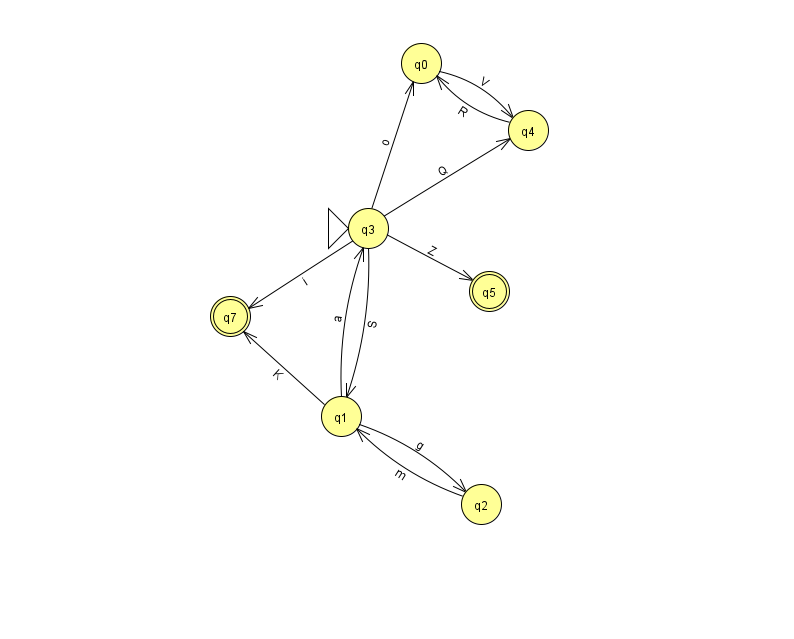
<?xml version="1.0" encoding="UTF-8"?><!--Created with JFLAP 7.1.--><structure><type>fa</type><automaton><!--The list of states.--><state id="0" name="q0"><x>421.0</x><y>50.0</y></state><state id="1" name="q1"><x>341.0</x><y>403.0</y></state><state id="2" name="q2"><x>481.0</x><y>491.0</y></state><state id="3" name="q3"><x>368.0</x><y>215.0</y><initial/></state><state id="4" name="q4"><x>528.0</x><y>117.0</y></state><state id="5" name="q5"><x>489.0</x><y>278.0</y><final/></state><state id="7" name="q7"><x>230.0</x><y>303.0</y><final/></state><!--The list of transitions.--><transition><from>1</from><to>7</to><read>K</read></transition><transition><from>1</from><to>2</to><read>g</read></transition><transition><from>3</from><to>4</to><read>Q</read></transition><transition><from>3</from><to>5</to><read>Z</read></transition><transition><from>3</from><to>0</to><read>o</read></transition><transition><from>2</from><to>1</to><read>m</read></transition><transition><from>0</from><to>4</to><read>V</read></transition><transition><from>3</from><to>7</to><read>i</read></transition><transition><from>3</from><to>1</to><read>S</read></transition><transition><from>1</from><to>3</to><read>a</read></transition><transition><from>4</from><to>0</to><read>R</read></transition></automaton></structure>